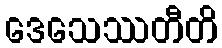
ဒေသေဿတီတိ